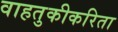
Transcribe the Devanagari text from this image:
वाहतुकीकरिता